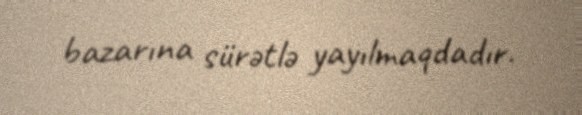
bazarına sürətlə yayılmaqdadır.